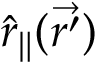
\hat { r } _ { \| } ( \vec { r ^ { \prime } } )